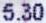
5.30